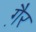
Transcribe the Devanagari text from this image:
गै़र